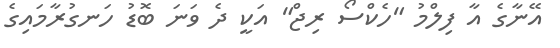
އޭނާގެ އާ ފިލްމު "ހެކްސޯ ރިޖް" އަކީ ދެ ވަނަ ބޮޑު ހަނގުރާމައިގެ